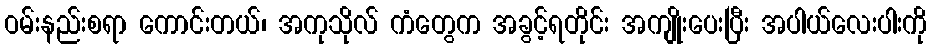
ဝမ်းနည်းစရာ ကောင်းတယ်၊ အကုသိုလ် ကံတွေက အခွင့်ရတိုင်း အကျိုးပေးပြီး အပါယ်လေးပါးကို